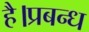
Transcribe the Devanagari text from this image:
है।प्रबन्ध